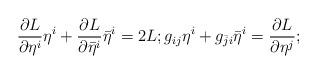
LaTeX: \begin{align*}\dfrac{\partial L}{\partial \eta^i}\eta^i + \dfrac{\partial L}{\partial \bar{\eta}^i}\bar{\eta}^i = 2L; g_{ij}\eta^i + g_{\bar{j}i}\bar{\eta}^i = \dfrac{\partial L}{\partial \eta^j};\end{align*}